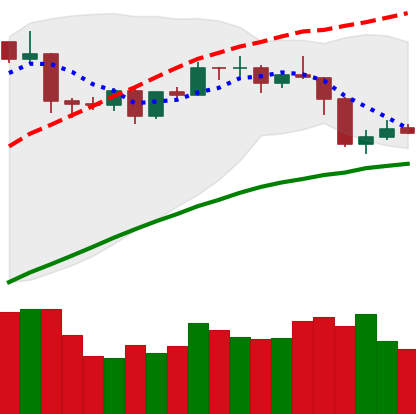
Ticker: ETH-USD
Chart end date: 2019-04-28
Forward return: 6.775%
Label: up_5_7